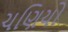
ચણિયો